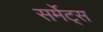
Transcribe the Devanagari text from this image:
सर्मेट्स